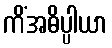
ကိံအဓိပ္ပါယာ